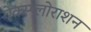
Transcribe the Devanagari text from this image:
ऐक्स्प्लोराशन